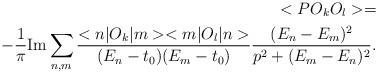
LaTeX: \begin{align*}<PO_{k}O_{l}> = \\- \frac{1}{\pi } {\rm Im} \sum _{n,m} \frac{<n|O_{k}|m><m|O_{l}|n>}{(E_{n} -t_{0} )(E_{m} - t_{0} )} \frac{(E_{n} -E_{m})^{2}}{p^{2} + (E_{m} -E_{n})^{2}}. \end{align*}